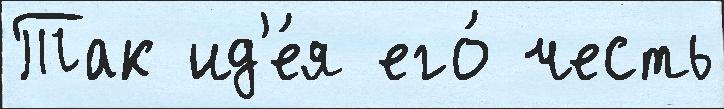
Так ид'е́я его́ честь